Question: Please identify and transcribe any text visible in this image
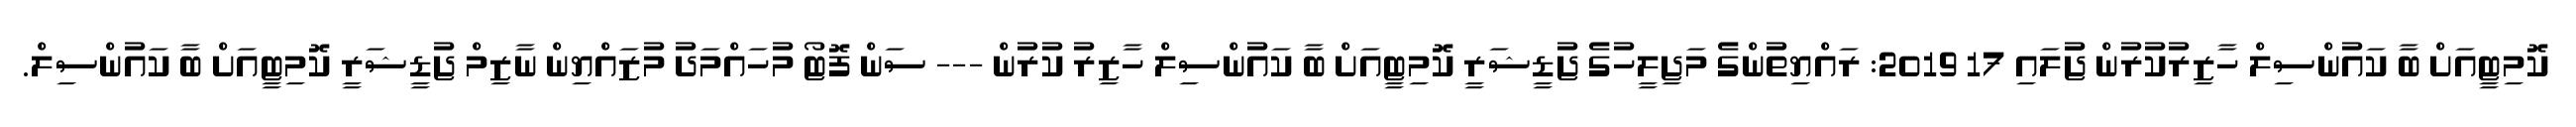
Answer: ކޮމިޓީއަށް ބާ ކައުންސިލް ހާޒިރުކުރުން ޖުަލައި 17 2019: ރައްޔިތުންގެ މަޖިލީހުގެ ޖުޑީޝަރީ ކޮމިޓީއަށް ބާ ކައުންސިލް ހާޒިރު ކުރުން --- ސަން ފޮޓޯ މުހައްމަދު މުޒައްޔިން ނާޒިމް ޖުޑީޝަރީ ކޮމިޓީއަށް ބާ ކައުންސިލް.